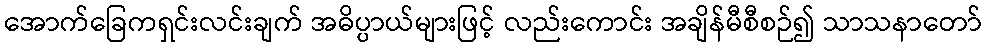
အောက်ခြေကရှင်းလင်းချက် အဓိပ္ပာယ်များဖြင့် လည်းကောင်း အချိန်မီစီစဉ်၍ သာသနာတော်